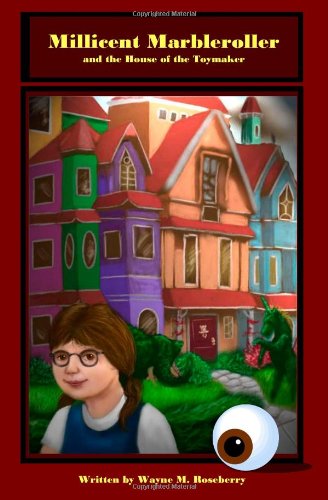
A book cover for Millicent Marbleroller and the House of the Toymaker: A Girl's Magic Music Adventure Mystery Puzzle in a Haunted Mansion with Marbles, Toys, a Pipe Organ and a Glass Eyeball; Wayne M. Roseberry; Crafts, Hobbies & Home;